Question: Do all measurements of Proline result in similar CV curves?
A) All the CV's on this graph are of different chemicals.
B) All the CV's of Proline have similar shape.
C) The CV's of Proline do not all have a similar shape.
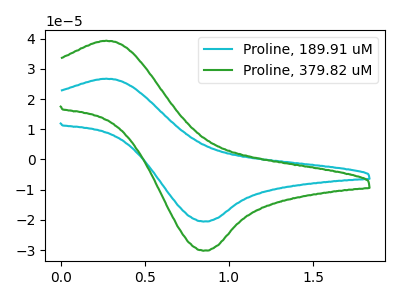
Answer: <think>The cyan curve "Proline, 189.91 uM" has an anodic peak at (0.25V, 26.75uA) and a cathodic peak at (0.85V, -20.55uA). The green curve "Proline, 379.82 uM" has an anodic peak at (0.25V, 39.30uA) and a cathodic peak at (0.85V, -30.20uA).
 All the peaks in "Proline, 189.91 uM" have a peak in "Proline, 379.82 uM" at the same potential. Every peak in "Proline, 189.91 uM" is lower than every peak in "Proline, 379.82 uM".</think>
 <answer>B) All the CV's of "Proline" have similar shape.</answer>
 <eval>B</eval>